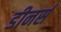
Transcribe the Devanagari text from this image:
डीनर्स